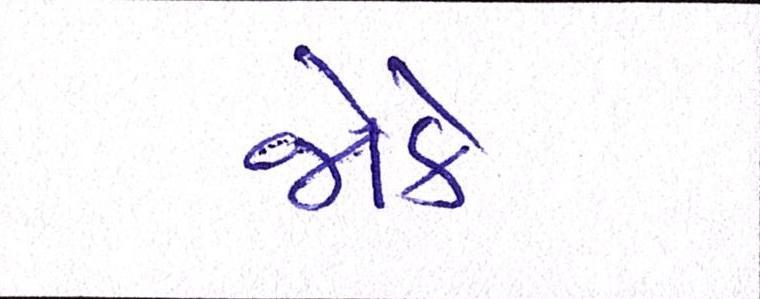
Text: જોકે